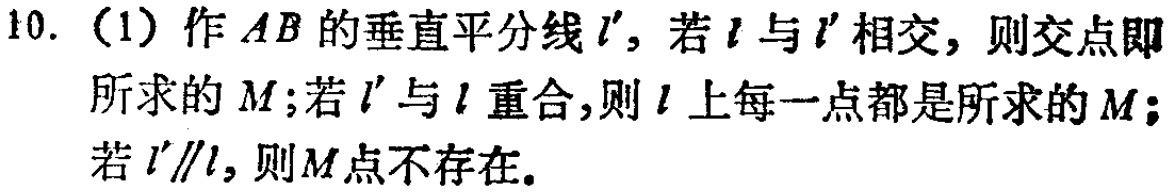
10. (1) 作 \(AB\) 的垂直平分线 \(l'\)，若 \(l\) 与 \(l'\) 相交，则交点即所求的 \(M\);若 \(l'\) 与 \(l\) 重合,则 \(l\) 上每一点都是所求的 \(M\);若 \(l'\parallel l\)，则 \(M\) 点不存在.